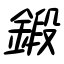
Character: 鍛